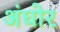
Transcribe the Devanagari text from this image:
अंघोर